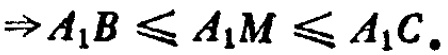
$\Rightarrow A_{1}B\leqslant A_{1}M\leqslant A_{1}C.$